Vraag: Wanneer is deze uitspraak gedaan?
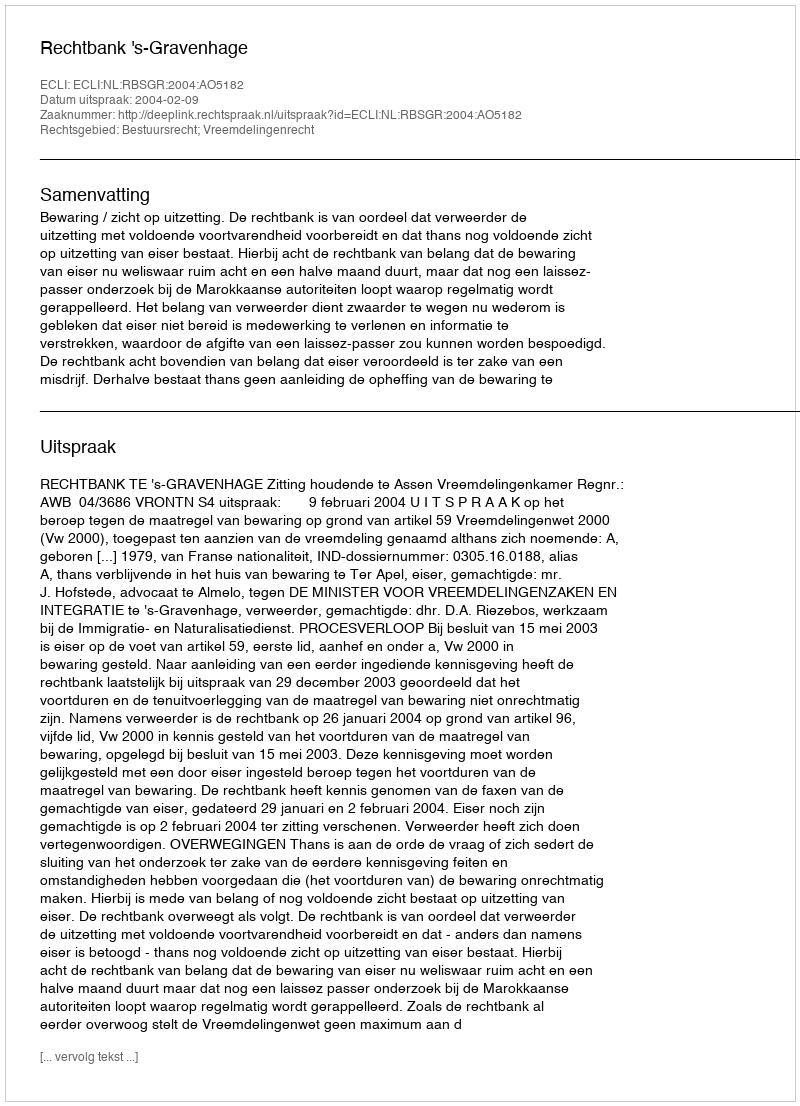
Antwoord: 2004-02-09